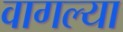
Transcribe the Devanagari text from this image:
वागल्या